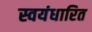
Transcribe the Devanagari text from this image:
स्वयंधारित